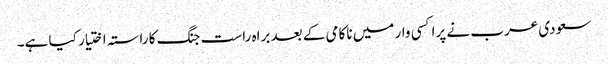
سعودی عرب نے پراکسی وار میں ناکامی کے بعد براہ راست جنگ کا راستہ اختیار کیا ہے۔